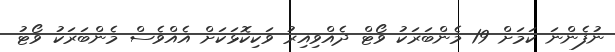
ނުފެންނަ ކަމަށް 19 މެންބަރަކު ވޯޓް ދެއްވިއިރު ވަކިކޮޅަކަށް އެއްވެސް މެންބަރަކު ވޯޓު